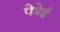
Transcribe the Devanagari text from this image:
पेत्रेई